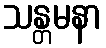
သန္တမနာ